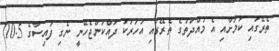
ތެރޭގައި ކަމަށާއި އެ މުއްދަތުގެ ތެރޭގައި އަހަރަކު ދައްކަންޖެހޭނީ ނެގި ފައިސާގެ 10.5